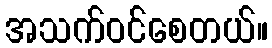
အသက်ဝင်စေတယ်။